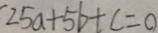
2 5 a + 5 b + c = 0